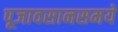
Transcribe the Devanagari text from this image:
पूजावसानसमये